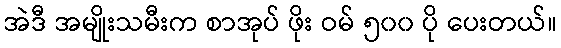
အဲဒီ အမျိုးသမီးက စာအုပ် ဖိုး ဝမ် ၅၀၀ ပို ပေးတယ်။